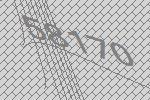
58170